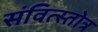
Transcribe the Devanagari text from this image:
संवित्स्तोत्र